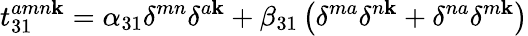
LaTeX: t_{31}^{amn\mathbf{k}}=\alpha_{31}\delta^{mn}\delta^{a\mathbf{k}}+\beta_{31}\left(\delta^{ma}\delta^{n\mathbf{k}}+\delta^{na}\delta^{m\mathbf{k}}\right)